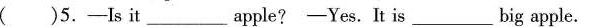
( )5.-Is it ___ apple? -Yes. It is ___ big apple.